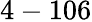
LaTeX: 4-106